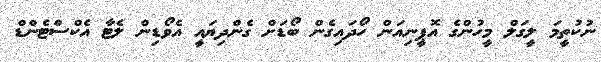
ނުކުތީމަ ލީގަލް މީހުންގެ އޮޕީނިއަން ހޯދައިގެން ބޯޑަށް ގެންދިޔައީ އެވޯޑިން ލެޓާ އެކްސްޓެންޑް